Triennial report on the lunatic asylums in the province of Eastern Bengal and Assam - 1903-1911
Year: 1903
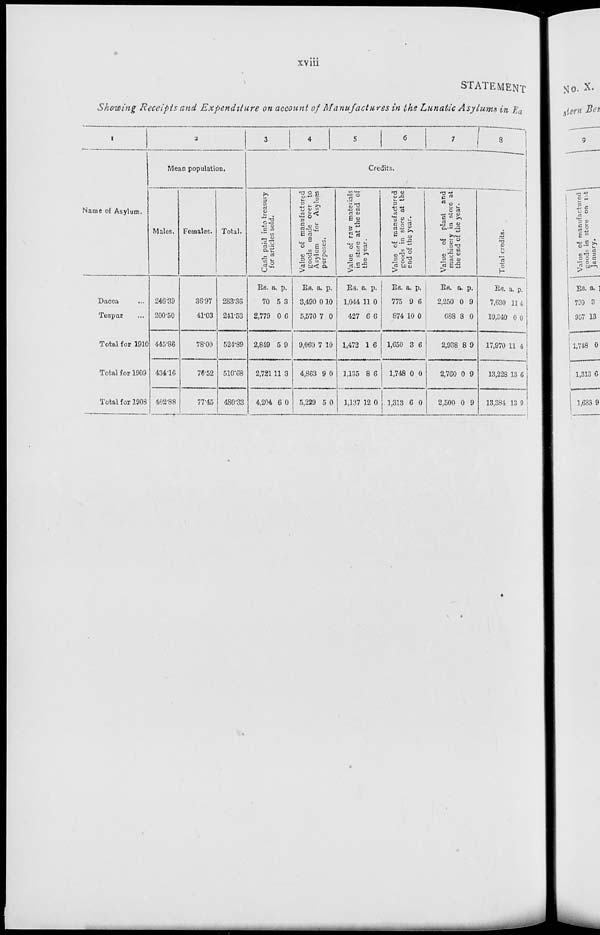
xviii
STATEMENT
Showing Receipts and Expenditure on account of Manufactures in the Lunatic Asylums in Ea
1
Name of Asylum.
Dacca ...
Tezpur ...
Total for 1910
Total for 1909
Total for 1908
2
Mean population.
Males.
246.39
200.50
445.86
434.16
402.88
Females.
36.97
41.03
78.00
76.52
77.45
Total.
283.30
241.53
524.89
510.68
480.33
3
4
5
6
7
8
Credits.
Cash paid into treasury
for articles sold.
Rs.
70
2,779
2,849
2,721
4,204
a.
5
0
5
11
6
p.
3
6
9
3
0
Value of manufactured
goods made over to
Asylum
for Asylum
purposes.
Rs.
3,490
5,570
9,060
4,863
5,229
a.
0
7
7
9
5
p.
10
0
10
0
0
Value of raw materials
in store at the end of
the year.
Rs.
1,044
427
1,472
1,135
1,137
a.
11
6
1
8
12
p.
0
6
6
6
0
Value of manufactured
goods in store at the
end of the year.
Rs.
775
874
1,650
1,748
1,313
a.
9
10
3
0
6
p.
6
0
6
0
0
Value of plant and
machinery in store at
the end of the year.
Rs.
2,250
688
2,938
2,760
2,500
a.
0
8
8
0
0
p.
9
0
9
9
9
Total credits.
Rs.
7,630
10,340
17,970
13,228
13,384
a.
11
0
11
13
13
p.
4
0
4
6
9